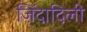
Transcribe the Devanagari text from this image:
ज़िंदादिली